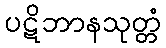
ပဋိဘာနသုတ္တံ